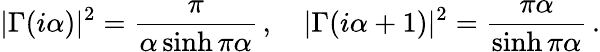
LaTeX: |\Gamma(i\alpha)|^{2}=\frac{\pi}{\alpha\sinh\pi\alpha}\, ,\quad|\Gamma(i\alpha+1)|^{2}=\frac{\pi\alpha}{\sinh\pi\alpha}\, .